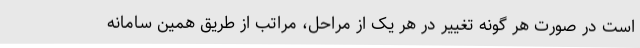
است در صورت هر گونه تغییر در هر یک از مراحل، مراتب از طریق همین سامانه